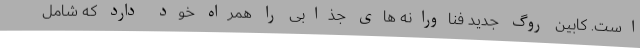
است. کابین روگ جدید فناورانه های جذابی را همراه خود دارد که شامل